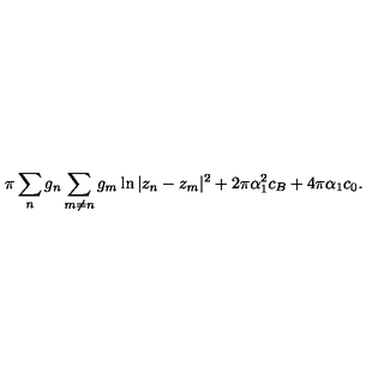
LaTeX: \pi \sum _ { n } g _ { n } \sum _ { m \neq n } g _ { m } \ln | z _ { n } - z _ { m } | ^ { 2 } + 2 \pi \alpha _ { 1 } ^ { 2 } c _ { B } + 4 \pi \alpha _ { 1 } c _ { 0 } .